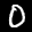
Label: 0